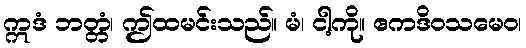
ဣဒံ ဘတ္တံ၊ ဤထမင်းသည်။ မံ၊ ငါ့ကို။ ဧကဒိဝသမေဝ၊